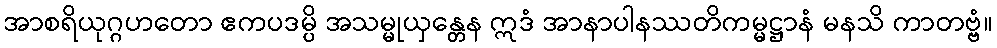
အာစရိယုဂ္ဂဟတော ဧကပဒမ္ပိ အသမ္မုယှန္တေန ဣဒံ အာနာပါနဿတိကမ္မဋ္ဌာနံ မနသိ ကာတဗ္ဗံ။